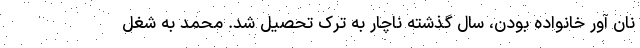
نان آور خانواده بودن، سال گذشته ناچار به ترک تحصیل شد. محمد به شغل